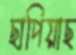
ছাপিয়াছ